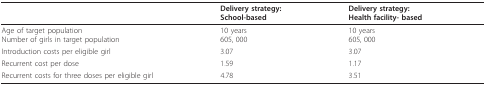
<table><thead><tr><td></td><td><b>Delivery strategy:School-based</b></td><td><b>Delivery strategy:Health facility- based</b></td></tr></thead><tbody><tr><td>Age of target populationNumber of girls in target population</td><td>10 years605, 000</td><td>10 years605, 000</td></tr><tr><td>Introduction costs per eligible girl</td><td>3.07</td><td>3.07</td></tr><tr><td>Recurrent cost per dose</td><td>1.59</td><td>1.17</td></tr><tr><td>Recurrent costs for three doses per eligible girl</td><td>4.78</td><td>3.51</td></tr></tbody></table>